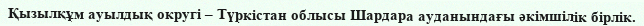
Қызылқұм ауылдық округі – Түркістан облысы Шардара ауданындағы әкімшілік бірлік.